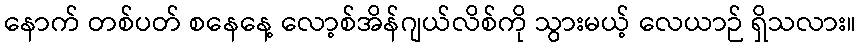
နောက် တစ်ပတ် စနေနေ့ လော့စ်အိန်ဂျယ်လိစ်ကို သွားမယ့် လေယာဉ် ရှိသလား။